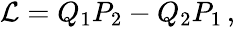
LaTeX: \begin{array}{r}{{\mathcal{L}}=Q_{1}P_{2}-Q_{2}P_{1}\, ,}\end{array}